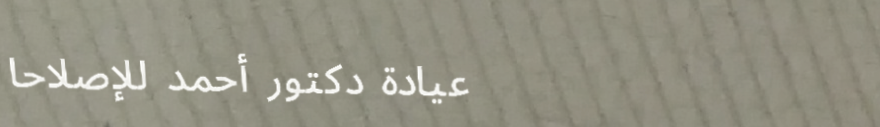
عيادة دكتور أحمد للإصلاحا